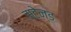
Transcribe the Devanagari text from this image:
सटेन्ड